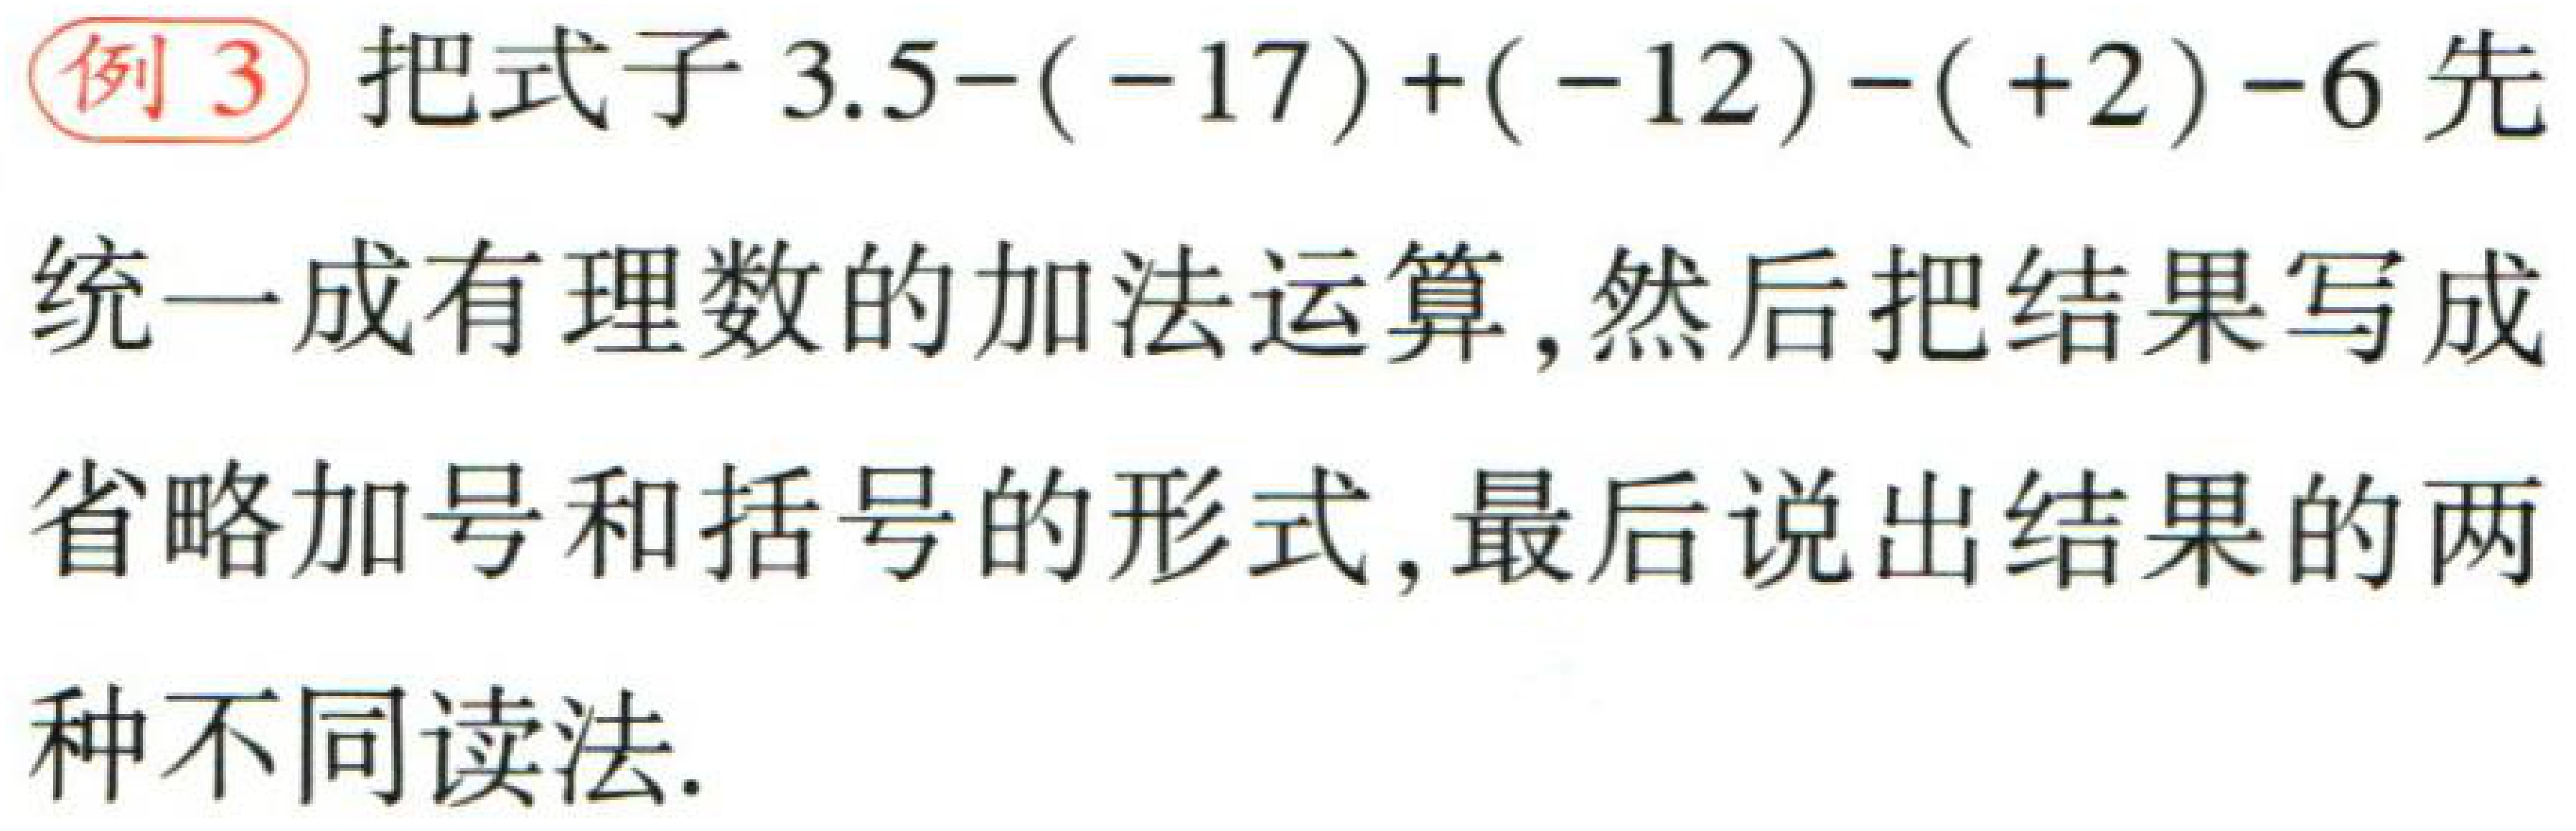
例3 把式子\(3.5-(-17)+(-12)-(+2)-6\)先统一成有理数的加法运算，然后把结果写成省略加号和括号的形式，最后说出结果的两种不同读法.